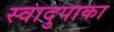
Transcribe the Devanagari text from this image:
स्वादुपाका